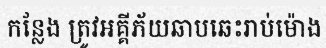
កន្លែង ត្រូវអគ្គីភ័យឆាបឆេះរាប់ម៉ោង